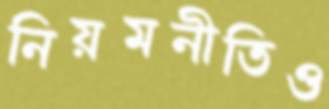
নিয়মনীতিও